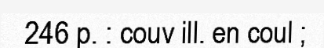
246 p. : couv ill. en coul ;